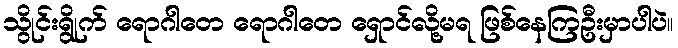
သွိုင်းရွိုက် ရောဂါတေ ရောဂါတေ ရှောင်လို့မရ ဖြစ်နေကြဦးမှာပါပဲ။